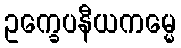
ဥက္ခေပနီယကမ္မေ